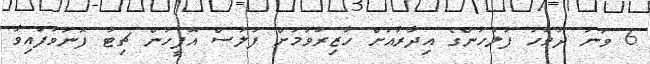
6 ވަނަ ދުވަހު ފުލުހުންގެ އިދާރާއަށް ހާޒިރުވުމަށް ފުލުސް އޮފީހުން ޗިޓު ފޮނުވާފައިވާ